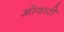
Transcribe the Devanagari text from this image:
ओवारो